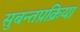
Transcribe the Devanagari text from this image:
सुबन्तप्रक्रिया